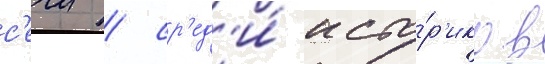
с'ечи / ср'ед'и́ исто́р'иков